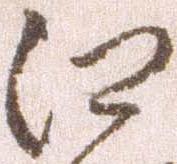
江